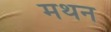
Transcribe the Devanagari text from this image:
मथन